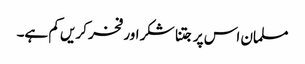
مسلمان اس پر جتنا شکر اور فخر کریں کم ہے۔